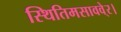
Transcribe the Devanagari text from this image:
स्थितिमसाववे्र।